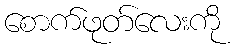
စောက်ဖုတ်လေးကို